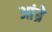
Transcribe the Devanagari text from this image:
आंब्रे